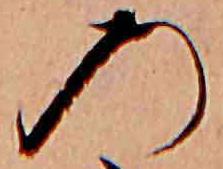
の